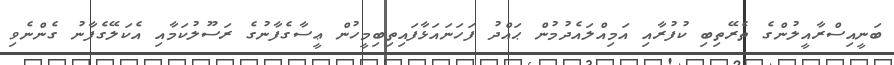
ބަނީއިސްރާއީލުންގެ ތެރޭތިބި ކުފުރާއި އަމިއްލައެދުމުން ޙައްދު ފަހަނައަޅާފައިތިބިމީހުން ޢީސާގެފާނުގެ ރަސޫލުކަމާއި އެކަލޭގެފާނު ގެންނެވި